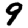
Digit: 9